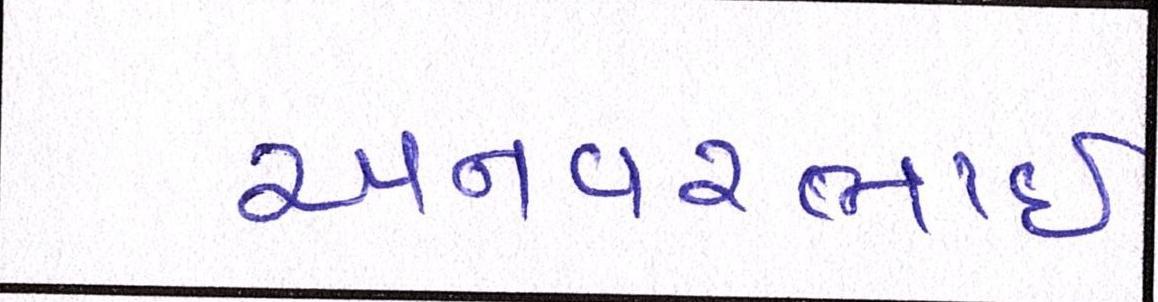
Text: અનવરભાઈ